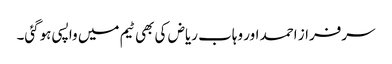
سرفراز احمد اور وہاب ریاض کی بھی ٹیم میں واپسی ہوگئی۔